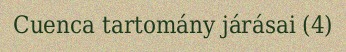
Cuenca tartomány járásai (4)